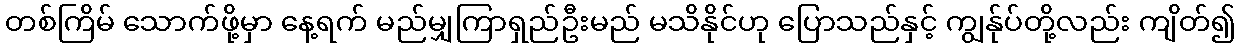
တစ်ကြိမ် သောက်ဖို့မှာ နေ့ရက် မည်မျှကြာရှည်ဦးမည် မသိနိုင်ဟု ပြောသည်နှင့် ကျွန်ုပ်တို့လည်း ကျိတ်၍